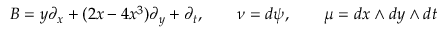
B = y \partial _ { x } + ( 2 x - 4 x ^ { 3 } ) \partial _ { y } + \partial _ { t } , \qquad \nu = d \psi , \qquad \mu = d x \wedge d y \wedge d t